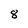
Character: 8